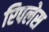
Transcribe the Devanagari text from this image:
रिपलेस